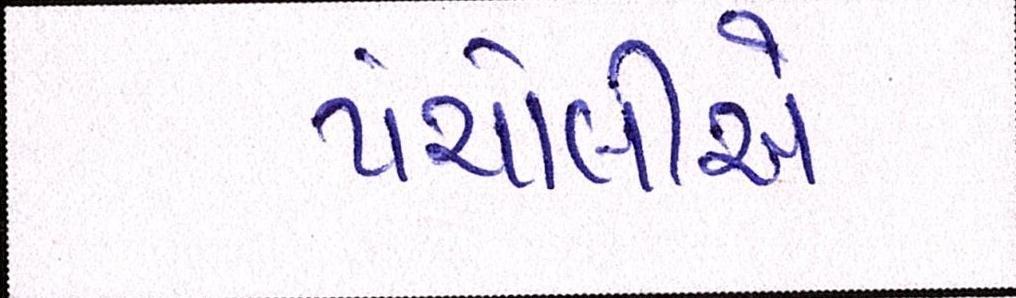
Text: પંચોલીએ